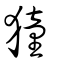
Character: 獞